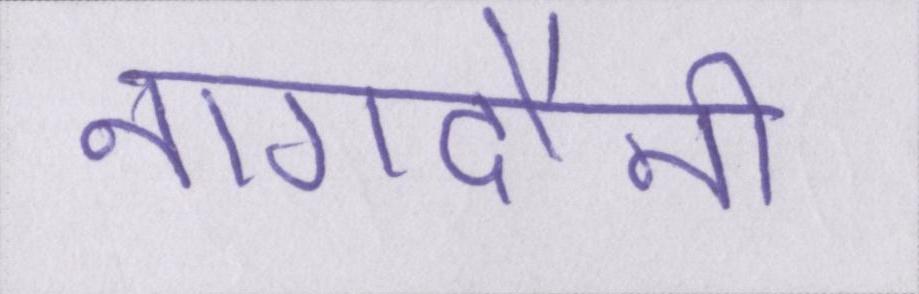
नागदौनी